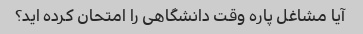
آیا مشاغل پاره وقت دانشگاهی را امتحان کرده اید؟